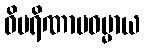
ဝိပရိဏာမဓမ္မာယ